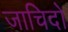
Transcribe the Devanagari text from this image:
जाचिदो